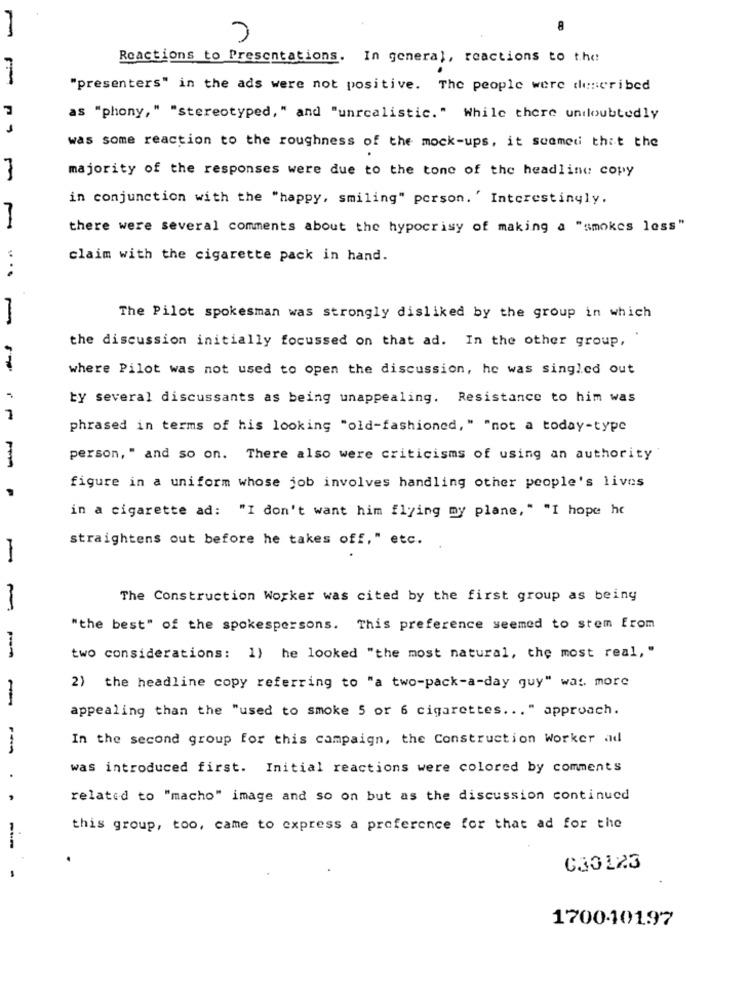
8
Reactions to Presentations. In general, reactions to the
"presenters" in the ads were not positive. The people were described
as "phony," "stereotyped, " and "unrealistic." While there undoubtedly
was some reaction to the roughness of the mock-ups, it seemed thit the
majority of the responses were due to the tone of the headline copy
in conjunction with the "happy, smiling" person. ' Interestingly.
there were several comments about the hypocrisy of making a "smokes less"
claim with the cigarette pack in hand.
....
The Pilot spokesman was strongly disliked by the group in which
the discussion initially focussed on that ad. In the other group,
where Pilot was not used to open the discussion, he was singled out
by several discussants as being unappealing. Resistance to him was
7
phrased in terms of his looking "old-fashioned," "not a today-type
person, " and so on. There also were criticisms of using an authority
figure in a uniform whose job involves handling other people's lives
in a cigarette ad: "I don't want him flying my plane," "I hope he
straightens out before he takes off," etc.
The Construction Worker was cited by the first group as being
"the best" of the spokespersons. This preference seemed to stem from
pro-
two considerations: 1) he looked "the most natural, the most real, "
2) the headline copy referring to "a two-pack-a-day guy" was more
-
appealing than the "used to smoke 5 or 6 cigarettes ... " approach.
In the second group for this campaign, the Construction Worker ad
--
was introduced first. Initial reactions were colored by comments
related to "macho" image and so on but as the discussion continued
this group, too, came to express a preference for that ad for the
030123
170040197